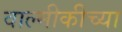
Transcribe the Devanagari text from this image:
वाल्मीकीच्या